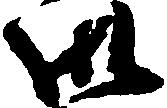
御